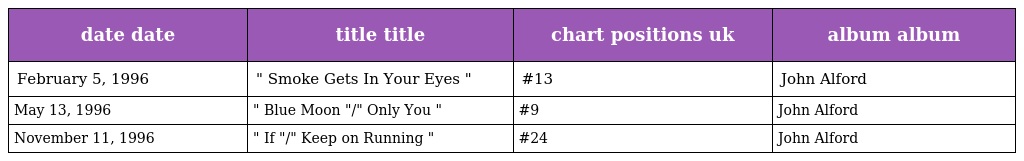
| date date | title title | chart positions uk | album album |
 | --- | --- | --- | --- |
 | February 5, 1996 | " Smoke Gets In Your Eyes " | #13 | John Alford |
 | May 13, 1996 | " Blue Moon "/" Only You " | #9 | John Alford |
 | November 11, 1996 | " If "/" Keep on Running " | #24 | John Alford |